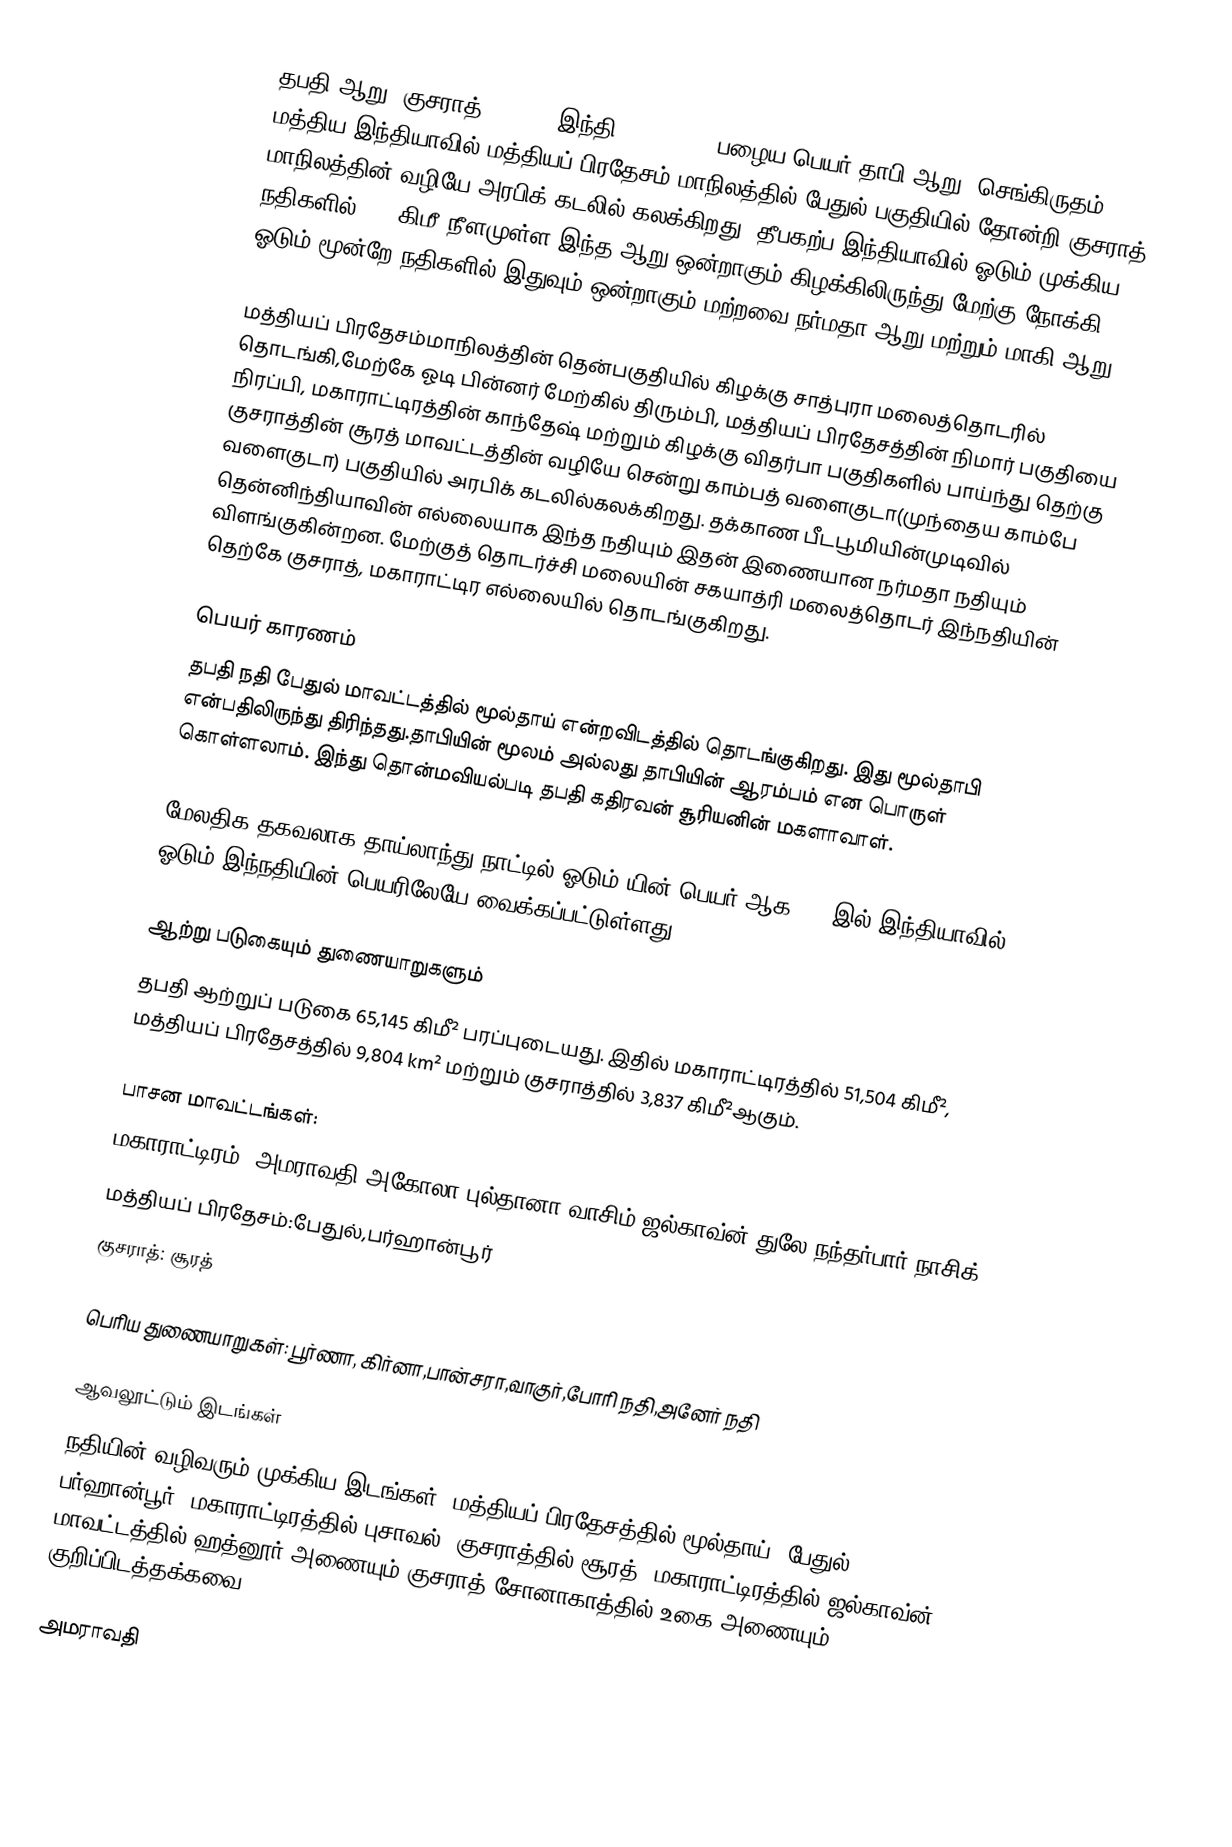
தபதி ஆறு (குசராத்|તાપ્તી, இந்தி ताप्ती ) , பழைய பெயர் தாபி ஆறு (செங்கிருதம்|तापी), மத்திய இந்தியாவில் மத்தியப் பிரதேசம் மாநிலத்தில் பேதுல் பகுதியில் தோன்றி  குசராத் மாநிலத்தின் வழியே அரபிக் கடலில் கலக்கிறது. தீபகற்ப இந்தியாவில்  ஓடும் முக்கிய நதிகளில் 724 கிமீ நீளமுள்ள இந்த ஆறு ஒன்றாகும்.கிழக்கிலிருந்து மேற்கு நோக்கி ஓடும் மூன்றே நதிகளில் இதுவும் ஒன்றாகும்.மற்றவை நர்மதா ஆறு மற்றும் மாகி ஆறு.

மத்தியப் பிரதேசம்மாநிலத்தின் தென்பகுதியில் கிழக்கு சாத்புரா மலைத்தொடரில் தொடங்கி,மேற்கே ஓடி பின்னர் மேற்கில் திரும்பி, மத்தியப் பிரதேசத்தின் நிமார் பகுதியை நிரப்பி, மகாராட்டிரத்தின்  காந்தேஷ் மற்றும் கிழக்கு  விதர்பா பகுதிகளில் பாய்ந்து தெற்கு குசராத்தின் சூரத் மாவட்டத்தின் வழியே சென்று காம்பத் வளைகுடா(முந்தைய காம்பே வளைகுடா) பகுதியில் அரபிக் கடலில்கலக்கிறது. தக்காண பீடபூமியின்முடிவில் தென்னிந்தியாவின் எல்லையாக இந்த நதியும் இதன் இணையான நர்மதா நதியும் விளங்குகின்றன. மேற்குத் தொடர்ச்சி மலையின் சகயாத்ரி மலைத்தொடர் இந்நதியின் தெற்கே குசராத், மகாராட்டிர எல்லையில் தொடங்குகிறது.

பெயர் காரணம்
தபதி நதி பேதுல் மாவட்டத்தில் மூல்தாய் என்றவிடத்தில் தொடங்குகிறது. இது மூல்தாபி என்பதிலிருந்து திரிந்தது.தாபியின் மூலம் அல்லது தாபியின் ஆரம்பம் என பொருள் கொள்ளலாம். இந்து தொன்மவியல்படி தபதி கதிரவன் சூரியனின் மகளாவாள்.

மேலதிக தகவலாக தாய்லாந்து நாட்டில் ஓடும் யின் பெயர் ஆக.1915இல் இந்தியாவில் ஓடும் இந்நதியின் பெயரிலேயே வைக்கப்பட்டுள்ளது.

ஆற்று படுகையும் துணையாறுகளும்
தபதி ஆற்றுப் படுகை 65,145 கிமீ² பரப்புடையது. இதில் மகாராட்டிரத்தில் 51,504 கிமீ², மத்தியப் பிரதேசத்தில் 9,804 km² மற்றும் குசராத்தில் 3,837 கிமீ²ஆகும்.

பாசன மாவட்டங்கள்:
 மகாராட்டிரம்: அமராவதி,அகோலா,புல்தானா,வாசிம்,ஜல்காவ்ன்,துலே,நந்தர்பார்,நாசிக்
 மத்தியப் பிரதேசம்:பேதுல்,பர்ஹான்பூர்
 குசராத்: சூரத்

பெரிய துணையாறுகள்: பூர்ணா, கிர்னா,பான்சரா,வாகுர்,போரி நதி,அனேர் நதி

ஆவலூட்டும் இடங்கள்
நதியின் வழிவரும் முக்கிய இடங்கள்: மத்தியப் பிரதேசத்தில் மூல்தாய் (பேதுல்), பர்ஹான்பூர், மகாராட்டிரத்தில் புசாவல், குசராத்தில் சூரத். மகாராட்டிரத்தில் ஜல்காவ்ன் மாவட்டத்தில் ஹத்னூர் அணையும் குசராத் சோனாகாத்தில் உகை அணையும் குறிப்பிடத்தக்கவை.

அமராவதி